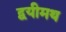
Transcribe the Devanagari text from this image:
द्वयीमथ